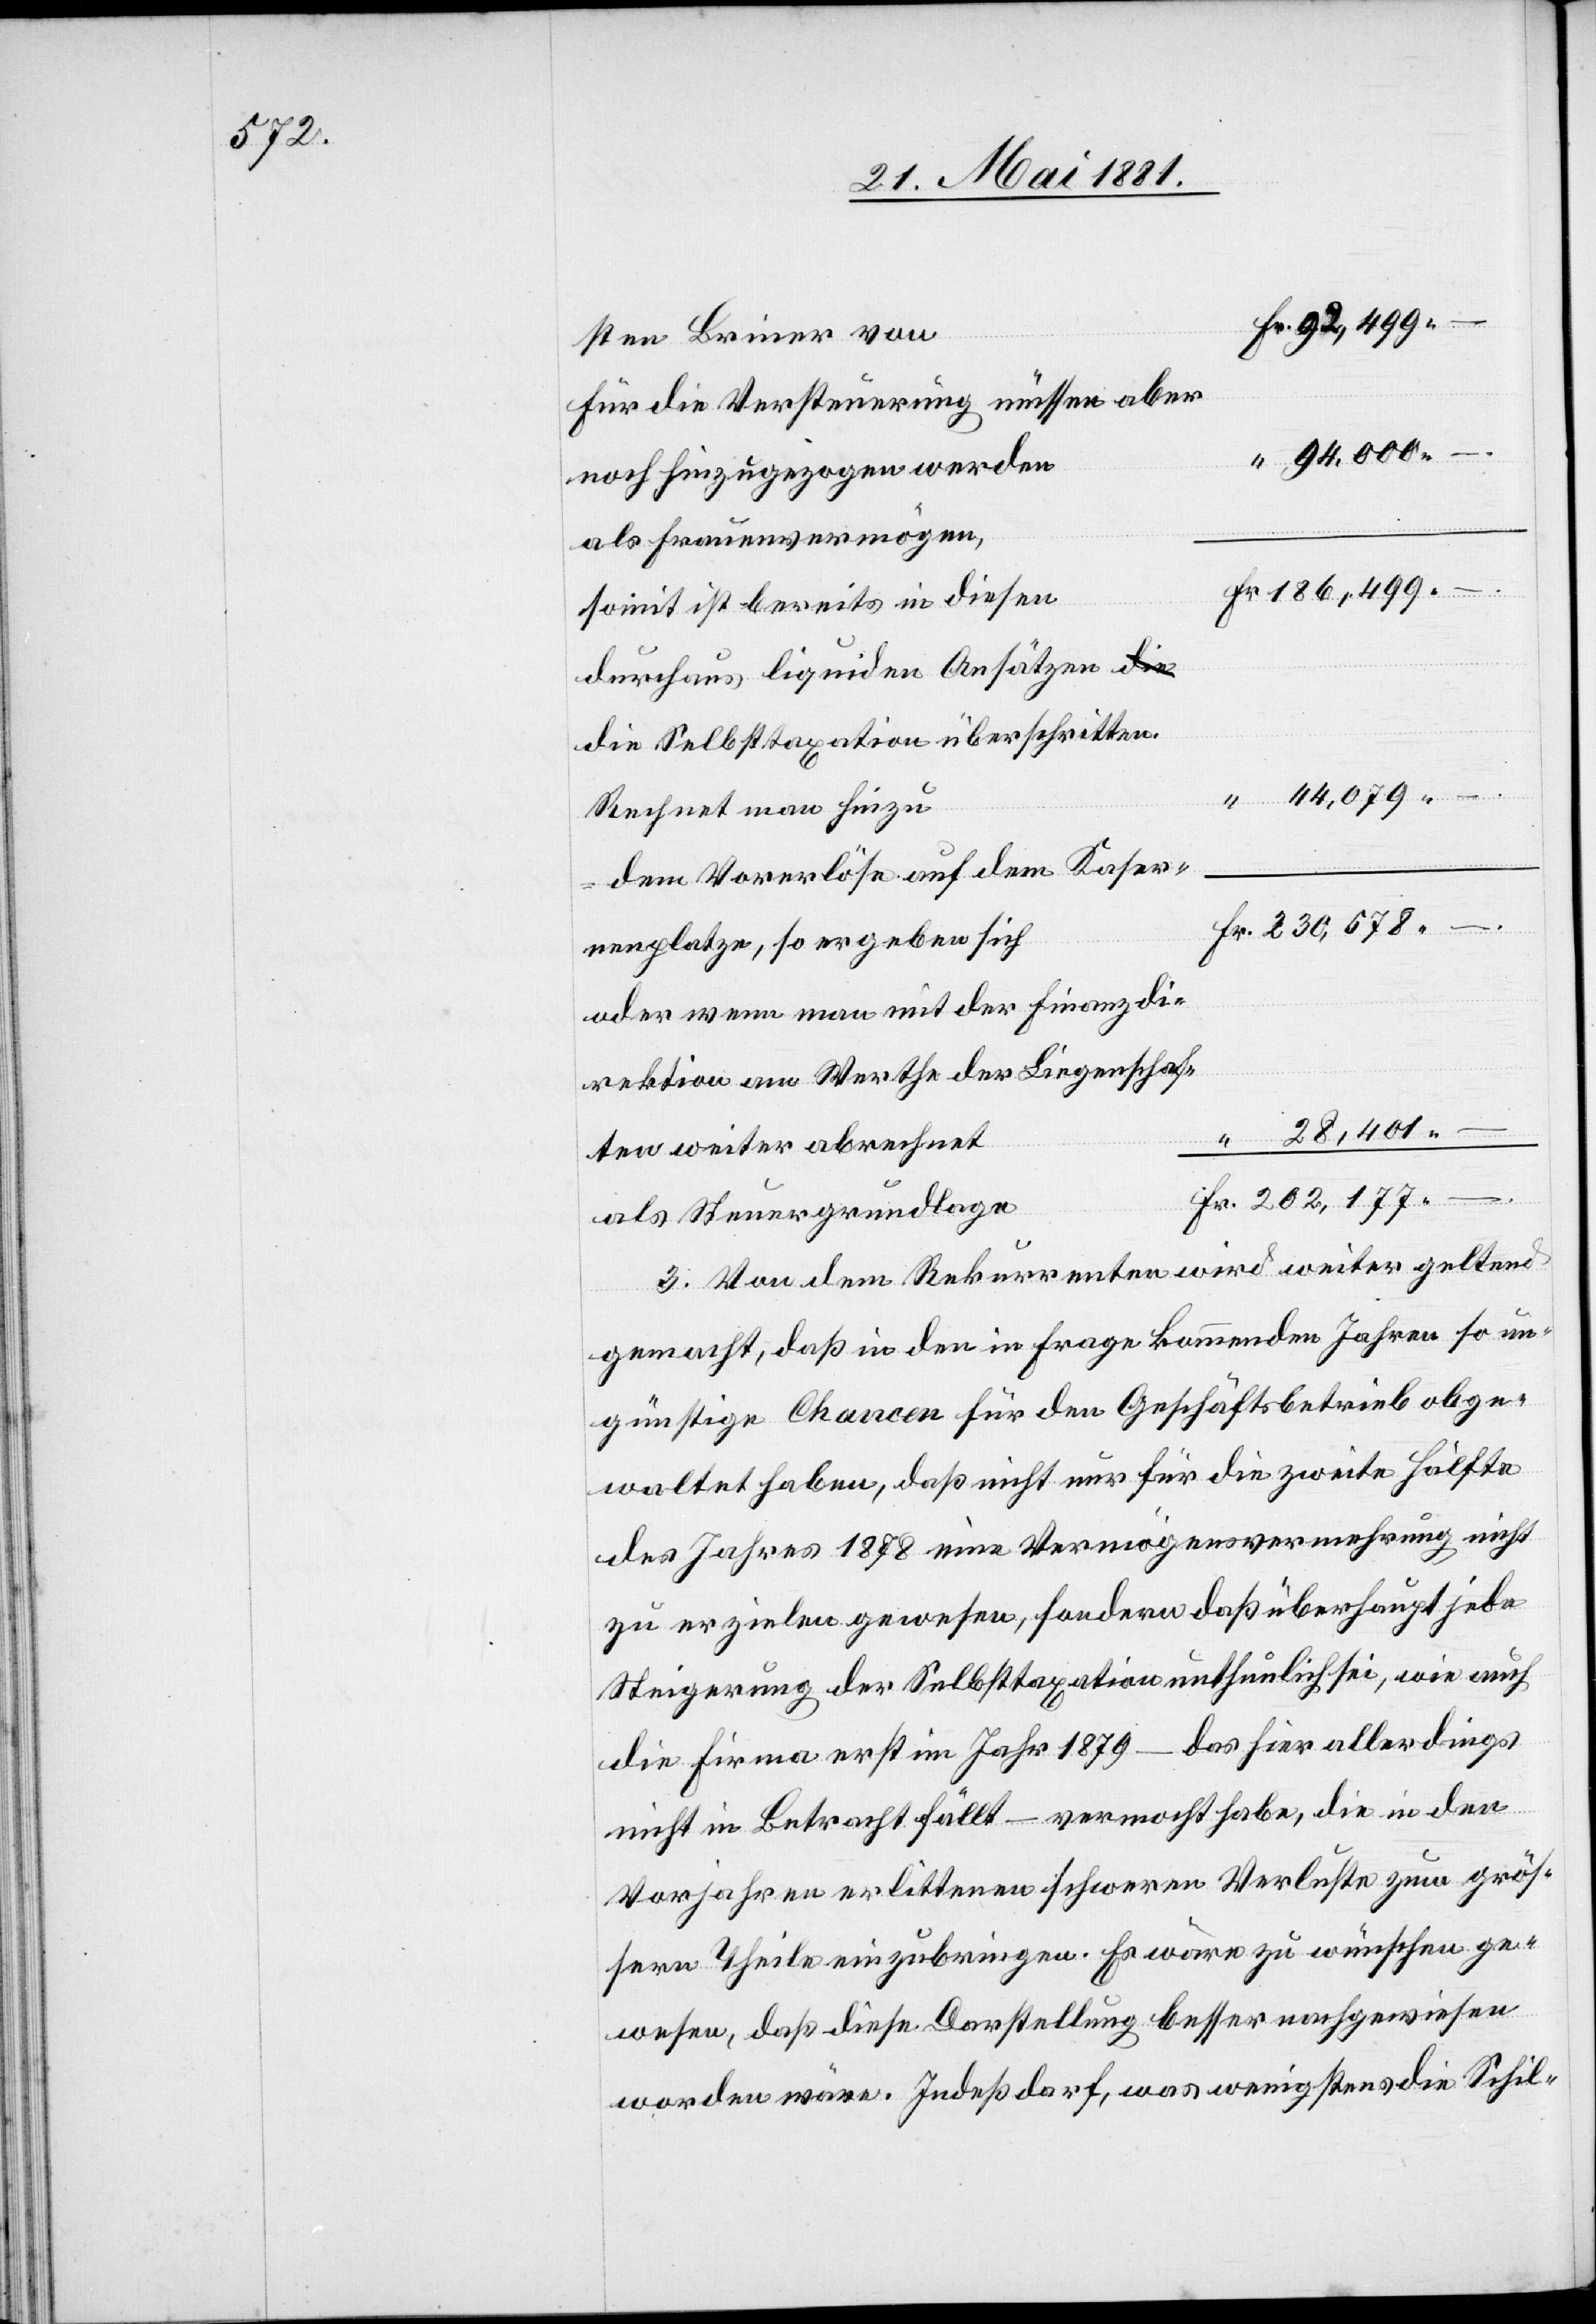
ten Briner von
für die Versteuerung müssen aber
94,000.–
noch hinzugezogen werden
als Frauenvermögen,
somit ist bereits in diesen
durchaus liquiden Ansätzen d¬
ie Selbsttaxation überschritten.
44,079.–
Rechnet man hinzu
dem Vorerlöse auf dem Kaser¬
nenplatze, so ergeben sich
oder wenn man mit der Finanzdi¬
rektion am Werthe der Liegenschaf¬
28,401.–
ten weiter abrechnet
als Steuergrundlage
3. Von dem Rekurrenten wird weiter geltend
gemacht, daß in den in Frage kommenden Jahren so un¬
günstige Chancen für den Geschäftsbetrieb obge¬
waltet haben, daß nicht nur für die zweite Hälfte
des Jahrs 1878 eine Vermögensvermehrung nicht
zu erzielen gewesen, sondern daß überhaupt jede
Steigerung der Selbsttaxation unthunlich sei, wie auch
die Firma erst im Jahr 1879 – das hier allerdings
nicht in Betracht fällt – vermocht habe, die in den
Vorjahren erlittenen schweren Verluste zum größ¬
ern Theile einzubringen. Es wäre zu wünschen ge¬
wesen, daß diese Darstellung besser nachgewiesen
worden wäre. Indeß darf, was wenigstens die Schil-